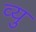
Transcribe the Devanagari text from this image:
व्यु